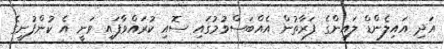
އަދި އައިލެންޑް ލައިންގެ ފަރާތުން އެއްބަސްވުމުގައި ސޮއި ކުރައްވާފައި ވަނީ އެ ކުންފުނީގެ